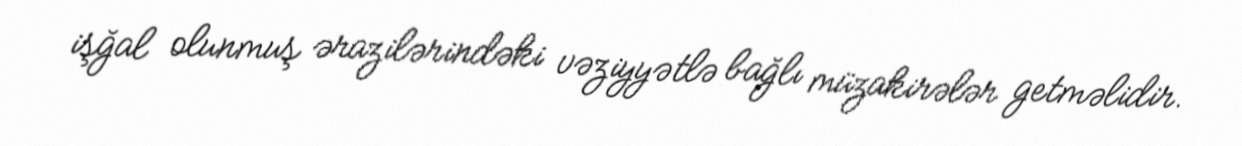
işğal olunmuş ərazilərindəki vəziyyətlə bağlı müzakirələr getməlidir.